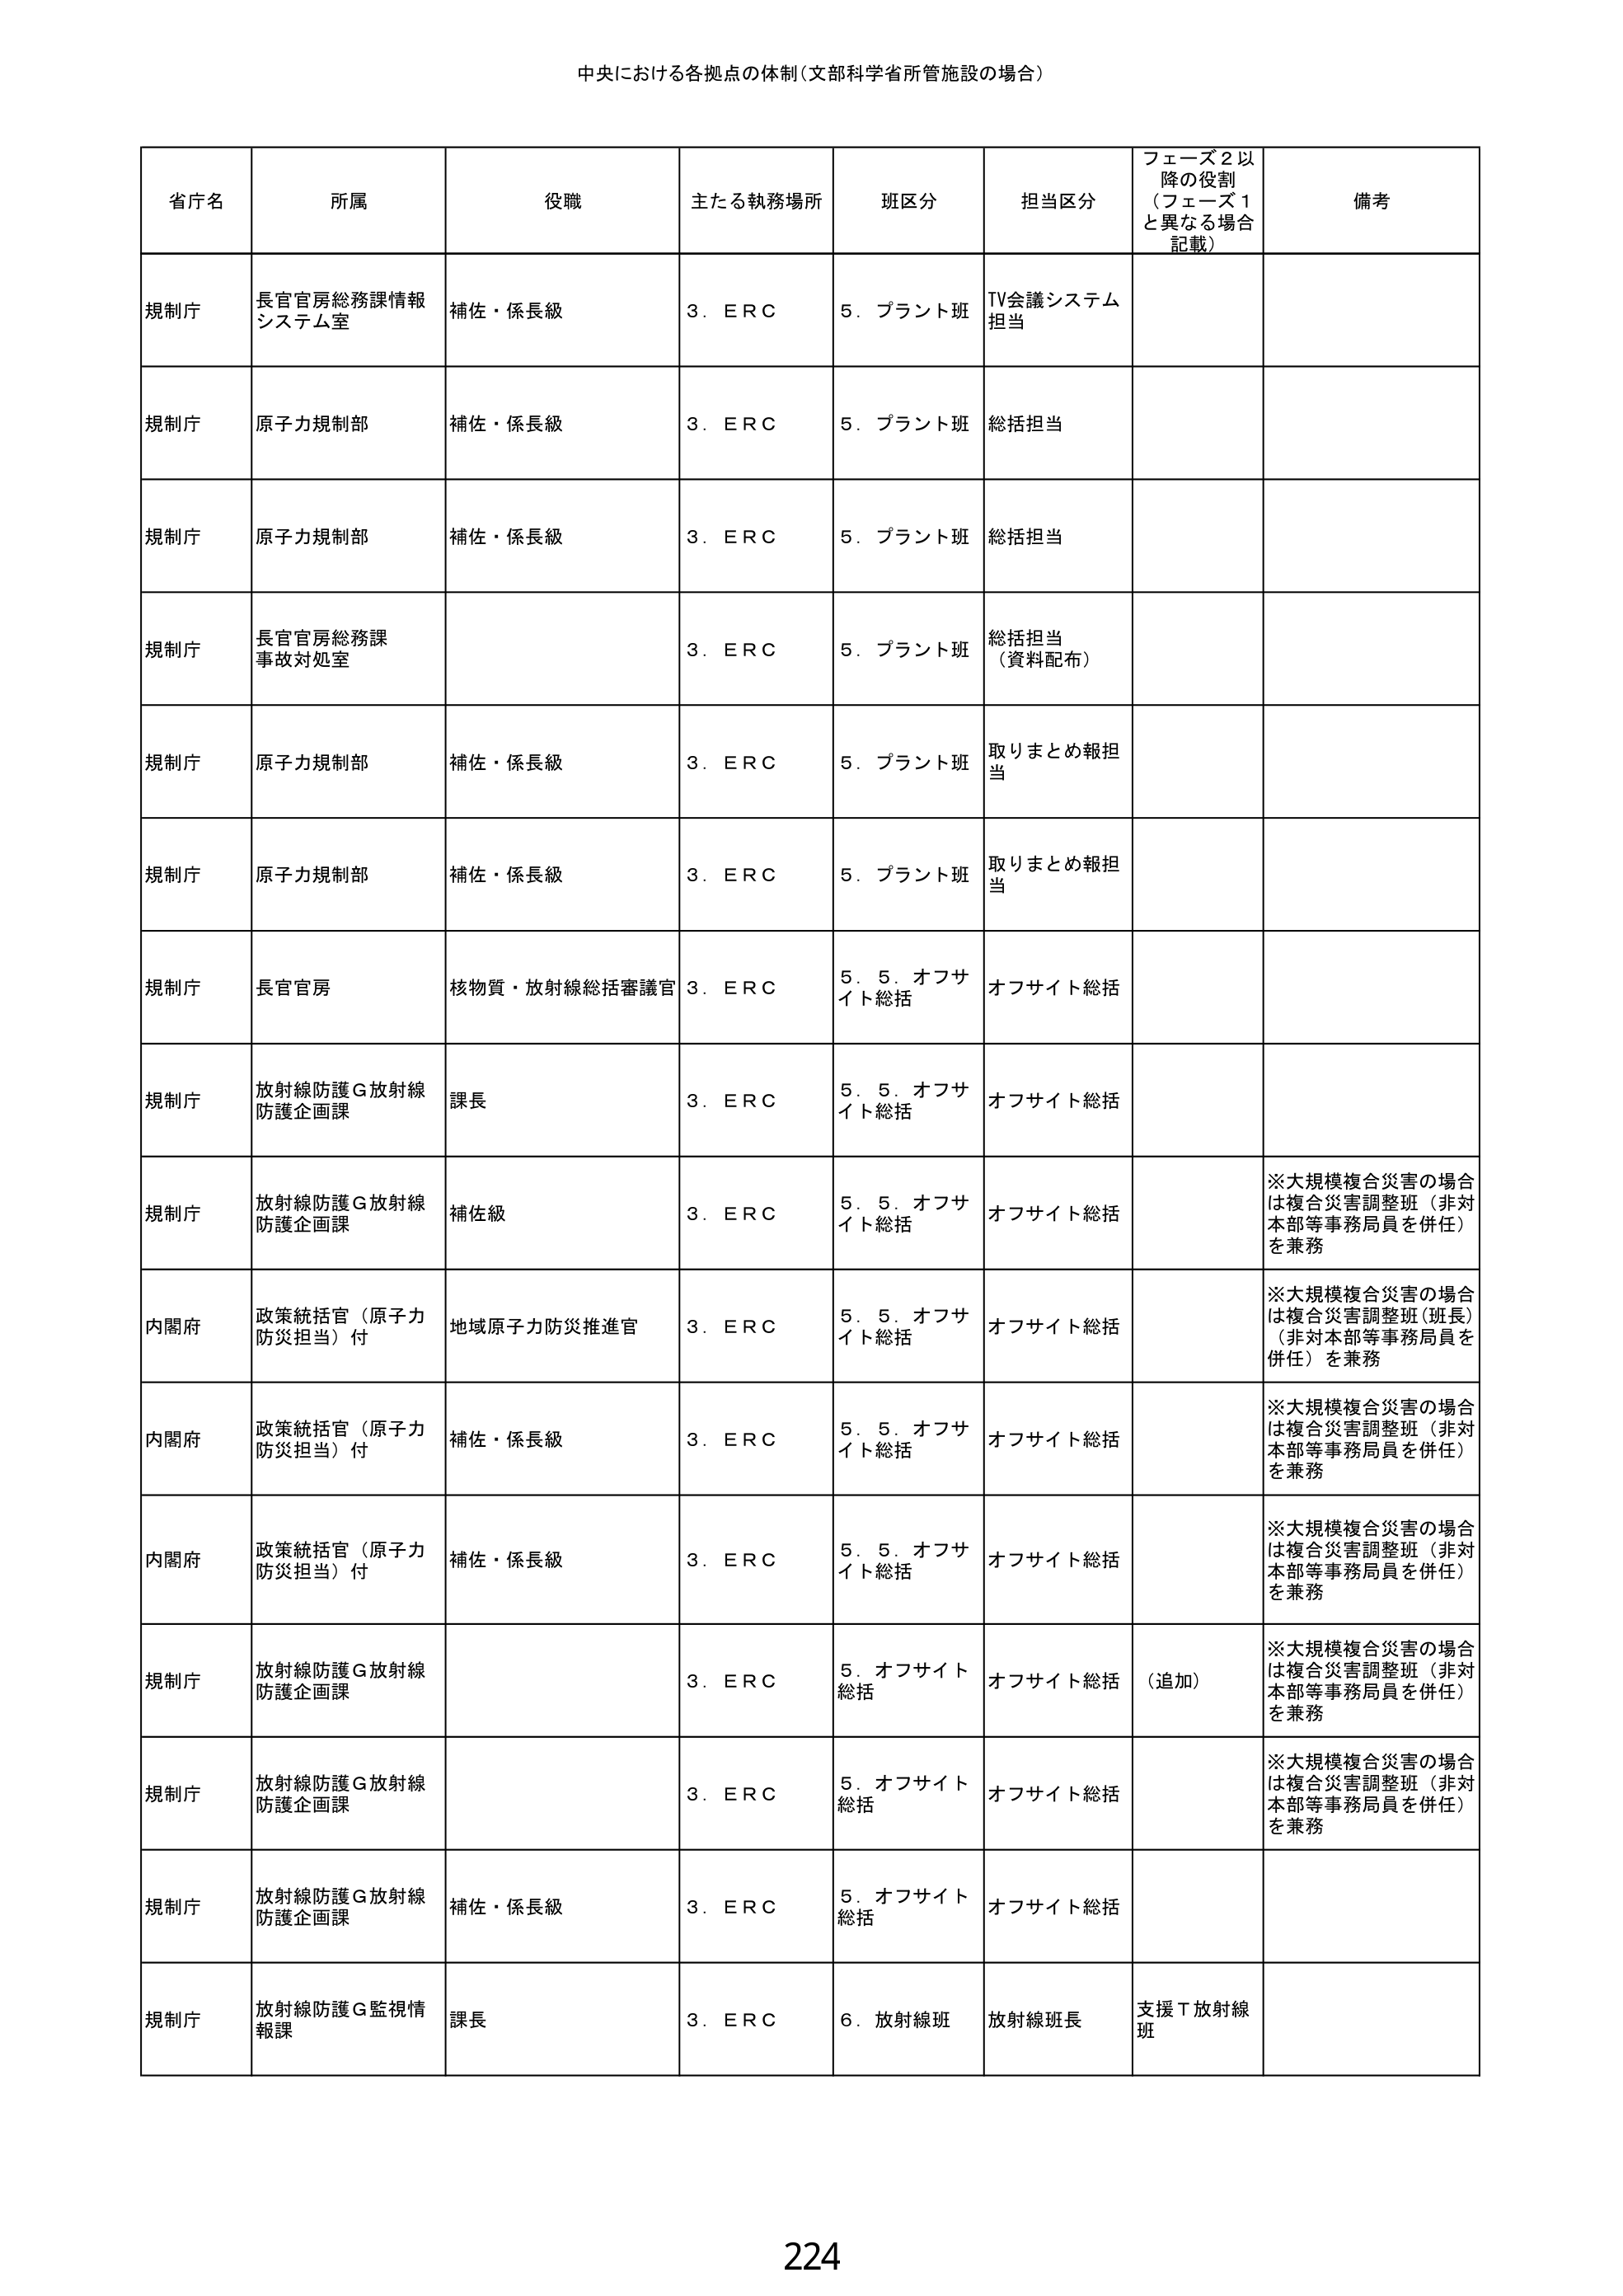
中央における各拠点の体制（文部科学省所管施設の場合）

省庁名　所属　役職　主たる執務場所　班区分　担当区分　フェーズ2以降の役割（フェーズ1と異なる場合記載）　備考

規制庁　長官官房総務課情報システム室　補佐・係長級　3．ERC　5．プラント班　TV会議システム担当

規制庁　原子力規制部　補佐・係長級　3．ERC　5．プラント班　総括担当

規制庁　原子力規制部　補佐・係長級　3．ERC　5．プラント班　総括担当

規制庁　長官官房総務課事故対処室　3．ERC　5．プラント班　総括担当（資料配布）

規制庁　原子力規制部　補佐・係長級　3．ERC　5．プラント班　取りまとめ報担当

規制庁　原子力規制部　補佐・係長級　3．ERC　5．プラント班　取りまとめ報担当

規制庁　長官官房　核物質・放射線総括審議官　3．ERC　5．5．オフサイト総括　オフサイト総括

規制庁　放射線防護G放射線防護企画課　課長　3．ERC　5．5．オフサイト総括　オフサイト総括

規制庁　放射線防護G放射線防護企画課　補佐級　3．ERC　5．5．オフサイト総括　オフサイト総括　※大規模複合災害の場合は複合災害調整班（非対本部等事務局員を併任）を兼務

内閣府　政策統括官（原子力防災担当）付　地域原子力防災推進官　3．ERC　5．5．オフサイト総括　オフサイト総括　※大規模複合災害の場合は複合災害調整班（班長）（非対本部等事務局員を併任）を兼務

内閣府　政策統括官（原子力防災担当）付　補佐・係長級　3．ERC　5．5．オフサイト総括　オフサイト総括　※大規模複合災害の場合は複合災害調整班（非対本部等事務局員を併任）を兼務

内閣府　政策統括官（原子力防災担当）付　補佐・係長級　3．ERC　5．5．オフサイト総括　オフサイト総括　※大規模複合災害の場合は複合災害調整班（非対本部等事務局員を併任）を兼務

規制庁　放射線防護G放射線防護企画課　3．ERC　5．オフサイト総括　オフサイト総括　（追加）　※大規模複合災害の場合は複合災害調整班（非対本部等事務局員を併任）を兼務

規制庁　放射線防護G放射線防護企画課　3．ERC　5．オフサイト総括　オフサイト総括　※大規模複合災害の場合は複合災害調整班（非対本部等事務局員を併任）を兼務

規制庁　放射線防護G放射線防護企画課　補佐・係長級　3．ERC　5．オフサイト総括　オフサイト総括

規制庁　放射線防護G監視情報課　課長　3．ERC　6．放射線班　放射線班長　支援T放射線班

224